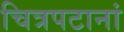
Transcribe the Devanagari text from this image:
चित्रपटानां